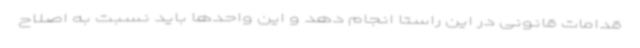
قدامات قانونی در این راستا انجام دهد و این واحدها باید نسبت به اصلاح